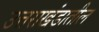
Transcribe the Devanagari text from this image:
उत्तराखंडातील